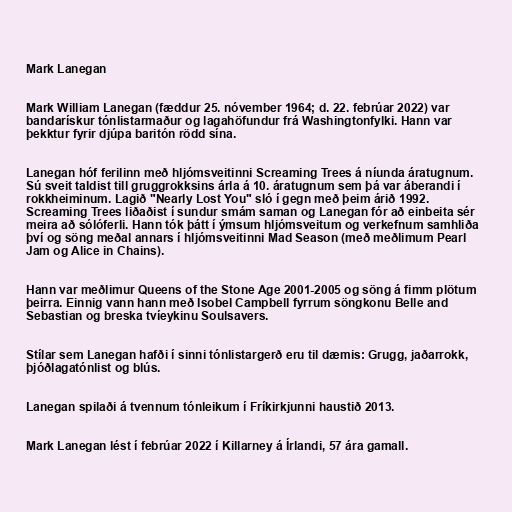
Mark Lanegan

Mark William Lanegan (fæddur 25. nóvember 1964; d. 22. febrúar 2022) var
bandarískur tónlistarmaður og lagahöfundur frá Washingtonfylki. Hann var
þekktur fyrir djúpa baritón rödd sína.

Lanegan hóf ferilinn með hljómsveitinni Screaming Trees á níunda áratugnum.
Sú sveit taldist till gruggrokksins árla á 10. áratugnum sem þá var áberandi í
rokkheiminum. Lagið "Nearly Lost You" sló í gegn með þeim árið 1992.
Screaming Trees liðaðist í sundur smám saman og Lanegan fór að einbeita sér
meira að sólóferli. Hann tók þátt í ýmsum hljómsveitum og verkefnum samhliða
því og söng meðal annars í hljómsveitinni Mad Season (með meðlimum Pearl
Jam og Alice in Chains).

Hann var meðlimur Queens of the Stone Age 2001-2005 og söng á fimm plötum
þeirra. Einnig vann hann með Isobel Campbell fyrrum söngkonu Belle and
Sebastian og breska tvíeykinu Soulsavers.

Stílar sem Lanegan hafði í sinni tónlistargerð eru til dæmis: Grugg, jaðarrokk,
þjóðlagatónlist og blús.

Lanegan spilaði á tvennum tónleikum í Fríkirkjunni haustið 2013.

Mark Lanegan lést í febrúar 2022 í Killarney á Írlandi, 57 ára gamall.